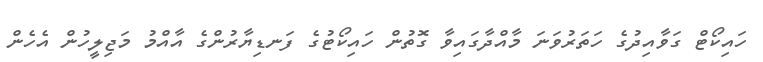
ހައިކޯޓް ގަވާއިދުގެ ހަތަރުވަނަ މާއްދާގައިވާ ގޮތުން ހައިކޯޓުގެ ފަނޑިޔާރުންގެ އާއްމު މަޖިލީހުން އެހެން